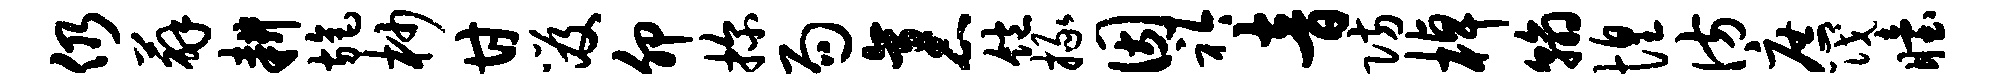
仍薜耕旄杪甘笈卯探局袤饱掾因衿音防棹翰惶彷庶筏眙